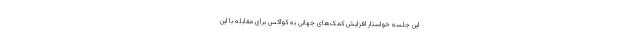
این جلسه خواستار افزایش کمک‌های جهانی به کواکس برای مقابله با این